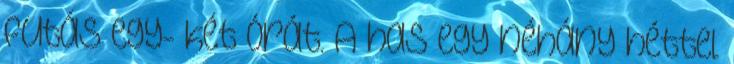
futás egy- két órát. A has egy néhány héttel